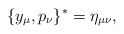
\begin{align*}\{y_{\mu},p_{\nu}\}^*=\eta_{\mu\nu},\end{align*}